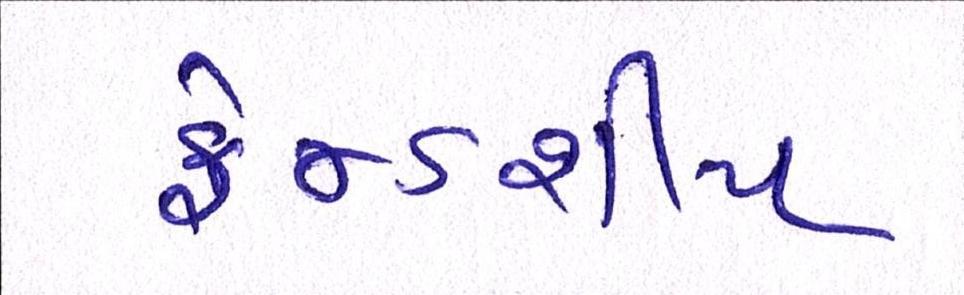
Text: ફ્રેન્ડશીપ